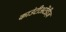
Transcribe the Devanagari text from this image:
काउंटीअटेंडीज़